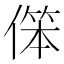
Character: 𱏈